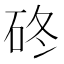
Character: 䂢